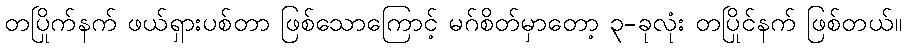
တပြိုက်နက် ဖယ်ရှားပစ်တာ ဖြစ်သောကြောင့် မဂ်စိတ်မှာတော့ ၃-ခုလုံး တပြိုင်နက် ဖြစ်တယ်။